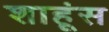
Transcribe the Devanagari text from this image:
शाहूंस